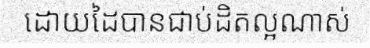
ដោយដៃបានជាប់ដិតល្អណាស់